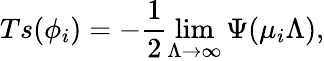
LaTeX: Ts(\phi_{i})=-\frac{1}{2}\operatorname*{lim}_{\Lambda\to\infty}\Psi(\mu_{i}\Lambda),